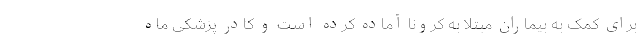
برای کمک به بیماران مبتلا به کرونا آماده کرده است و کادر پزشکی ماه